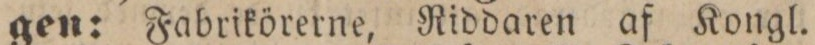
gen: Fabrikörerne, Riddaren af Kongl.